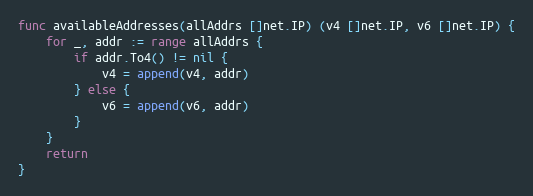
Language: Go
func availableAddresses(allAddrs []net.IP) (v4 []net.IP, v6 []net.IP) {
	for _, addr := range allAddrs {
		if addr.To4() != nil {
			v4 = append(v4, addr)
		} else {
			v6 = append(v6, addr)
		}
	}
	return
}